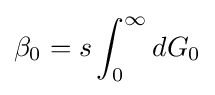
\beta _{0}=s\int _{0}^{\infty }dG_{0}